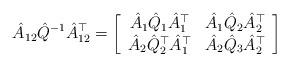
LaTeX: \begin{align*}\hat{A}_{12}\hat{Q}^{-1}\hat{A}_{12}^{\top}=\left[\begin{array}{cc}\hat{A}_{1}\hat{Q}_{1}\hat{A}_{1}^{\top} & \hat{A}_{1}\hat{Q}_{2}\hat{A}_{2}^{\top}\\\hat{A}_{2}\hat{Q}_{2}^{\top}\hat{A}_{1}^{\top} & \hat{A}_{2}\hat{Q}_{3}\hat{A}_{2}^{\top}\end{array}\right]\end{align*}